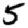
Digit: 5